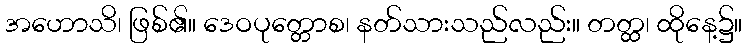
အဟောသိ၊ ဖြစ်၏။ ဒေဝပုတ္တောစ၊ နတ်သားသည်လည်း။ တတ္ထ၊ ထိုနေ့၌။